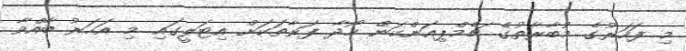
މި ފަހަރުގެ މުބާރާތުގެ ޗެމްޕިއަންކަން ހޯދާ ފަރާތަކަށް އިޓަލީގައި މި އަހަރު ބާއްވާ